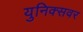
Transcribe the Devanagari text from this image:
युनिक्सवर